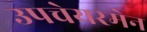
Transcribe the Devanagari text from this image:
उपचेयरमेन